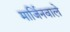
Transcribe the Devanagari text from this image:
मार्जिनवाले